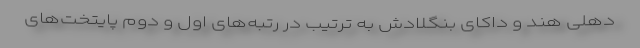
دهلی هند و داکای بنگلادش به ترتیب در رتبه‌های اول و دوم پایتخت‌های